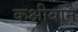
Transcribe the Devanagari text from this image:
कक्षीवान्